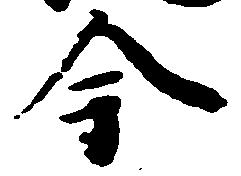
今